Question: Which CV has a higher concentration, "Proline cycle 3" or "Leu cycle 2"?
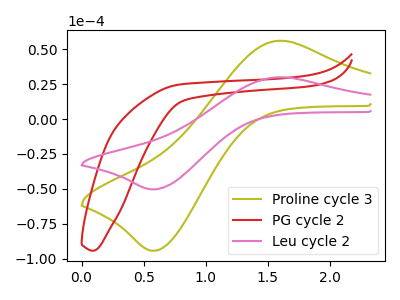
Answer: <think>The olive curve "Proline cycle 3" has an anodic peak at (1.60V, 56.15uA) and a cathodic peak at (0.60V, -94.35uA). The red curve "PG cycle 2" has no peaks. The pink curve "Leu cycle 2" has an anodic peak at (1.60V, 29.95uA) and a cathodic peak at (0.60V, -50.35uA).
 All the peaks in "Proline cycle 3" have a peak in "Leu cycle 2" at the same potential. Every peak in "Proline cycle 3" is higher than every peak in "Leu cycle 2".</think>
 <answer>"Proline cycle 3" has more signal than "Leu cycle 2" and so likely has a higher concentration.</answer>
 <eval>more_concentration</eval>